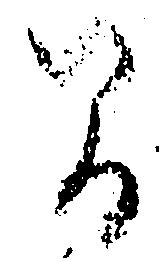
間